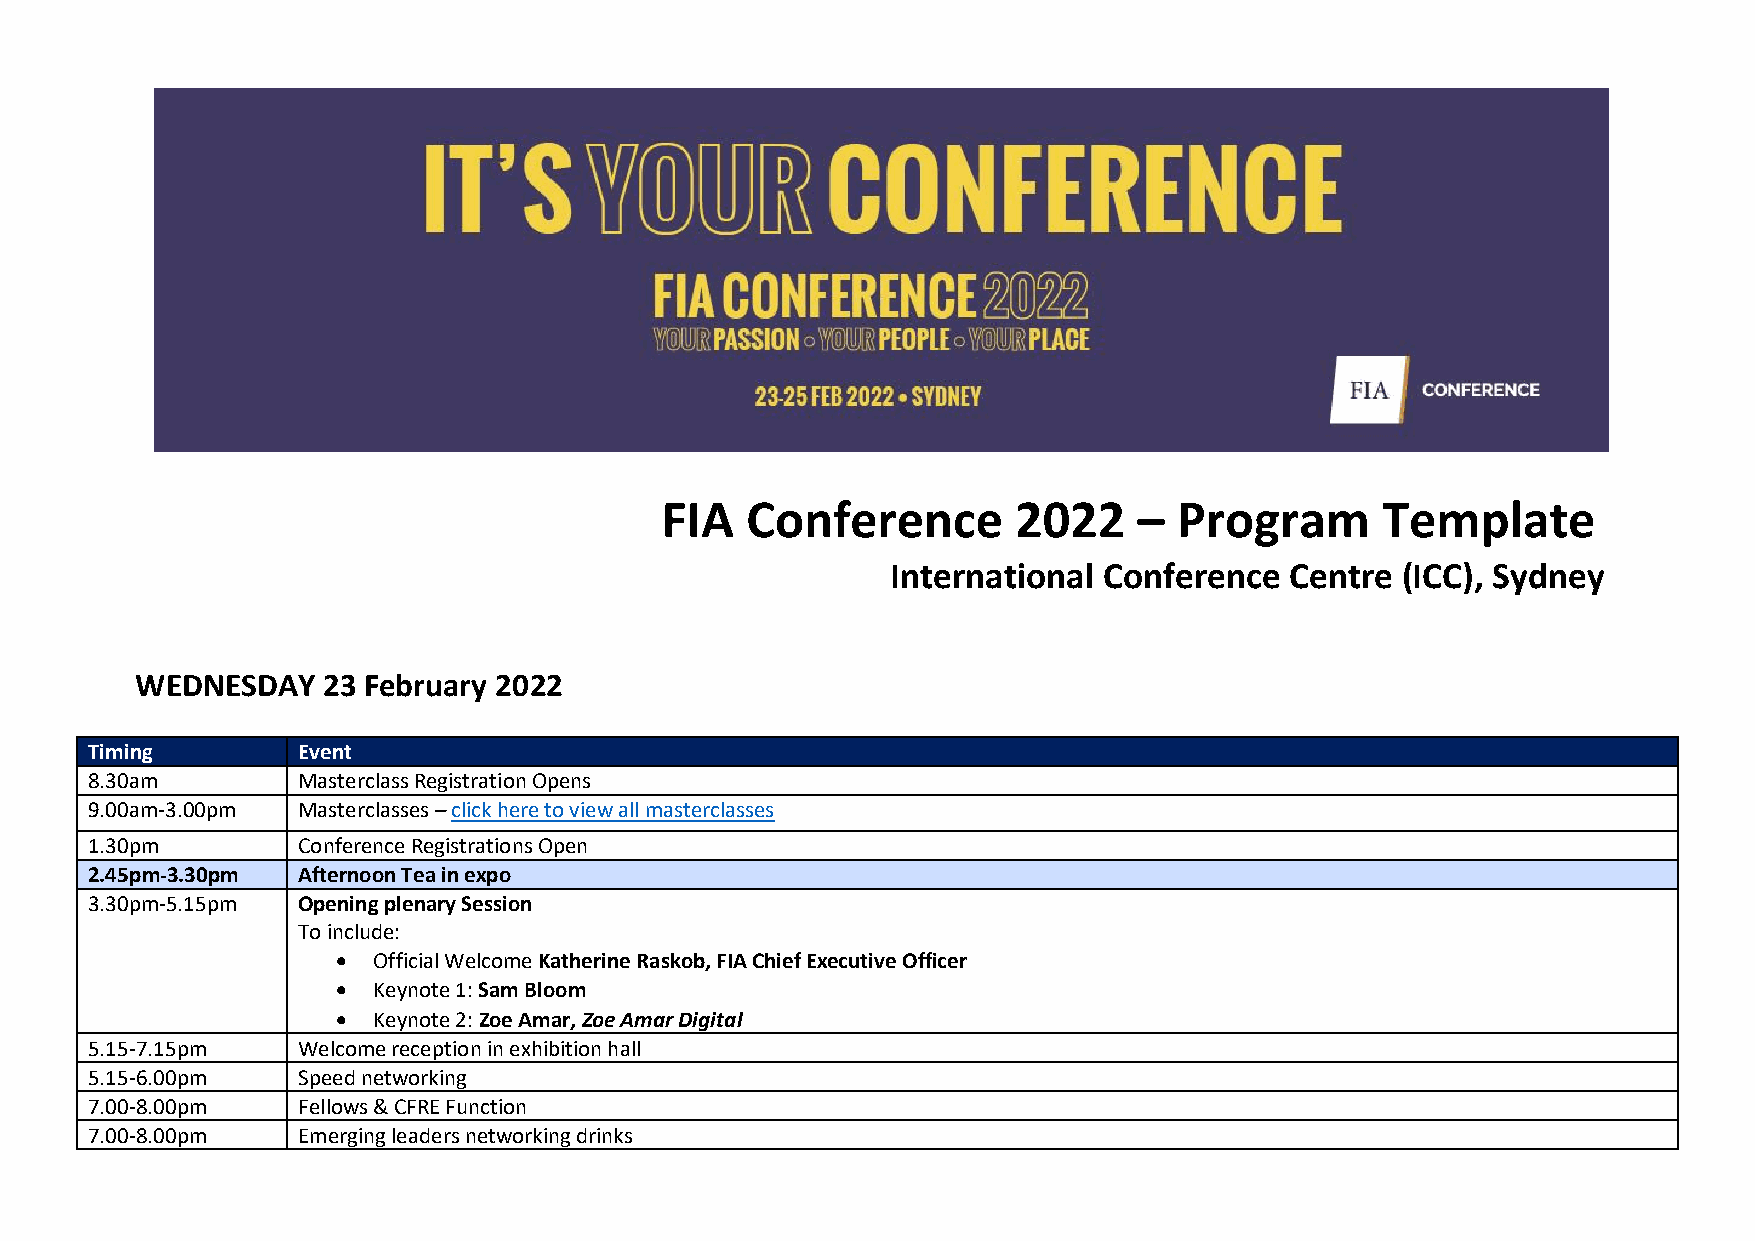
FIA  Conference        2022    –  Program      Template
 International Conference  Centre  (ICC), Sydney
 WEDNESDAY   23 February 2022
 Timing        Event
 8.30am        Masterclass Registration Opens
 9.00am-3.00pm Masterclasses – click here to view all masterclasses
 1.30pm        Conference Registrations Open
 2.45pm-3.30pm Afternoon Tea in expo
 3.30pm-5.15pm Opening plenary Session
 To include:
 •  Official Welcome Katherine Raskob, FIA Chief Executive Officer
 •  Keynote 1: Sam Bloom
 •  Keynote 2: Zoe Amar, Zoe Amar Digital
 5.15-7.15pm   Welcome reception in exhibition hall
 5.15-6.00pm   Speed networking
 7.00-8.00pm   Fellows & CFRE Function
 7.00-8.00pm   Emerging leaders networking drinks